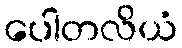
ပေါတလိယံ